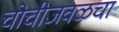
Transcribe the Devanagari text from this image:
चोचीजवळचा